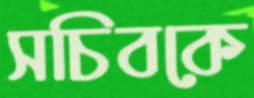
সচিবকে